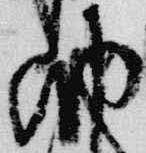
納